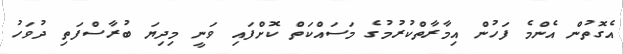
އެގޮތުން އެންމެ ފަހުން އިމާރާތްކުރުމުގެ މަސައްކަތް ކޮށްފައި ވަނީ މިދިޔަ ބުރާސްފަތި ދުވަހު